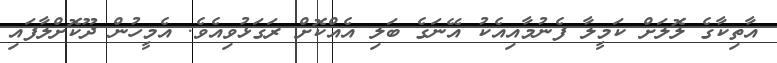
އާތިކާގެ ލޮލަށް ކަމީލާ ފެނުމާއިއެކު އޭނަގެ ބަލި އެއްކޮށް ރަގަޅުވިއެވެ. އެމީހުން ދޫކޮށްލާފައި